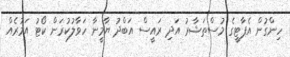
ހިންގުން އެޕާޓީގެ މުސްތަޝާރު އަދި ރައީސް އަބްދު ޔާމީނާ ހަވާލުކުރަން ކޯޓު އަމުރެއް